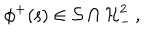
\phi ^ { + } ( { \mathsf s } ) \in { \cal S } \cap { \cal H } _ { - } ^ { 2 } \, ,